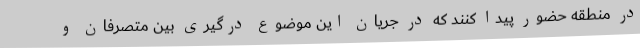
در منطقه حضور پیدا کنند که در جریان این موضوع درگیری بین متصرفان و